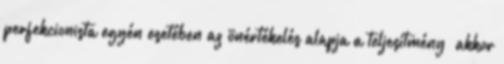
perfekcionista egyén esetében az önértékelés alapja a teljesítmény „akkor